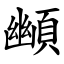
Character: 䫜